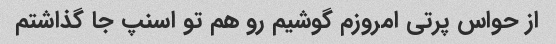
از حواس پرتی امروزم گوشیم رو هم تو اسنپ جا گذاشتم